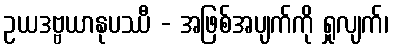
ဥယဒဗ္ဗယာနုပဿီ - အဖြစ်အပျက်ကို ရှုလျက်၊